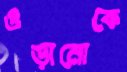
ওড়ানোকে